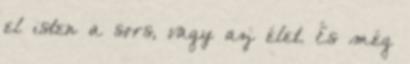
el isten a sors, vagy az élet. És még